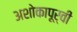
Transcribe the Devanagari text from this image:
अशोकापूर्वी